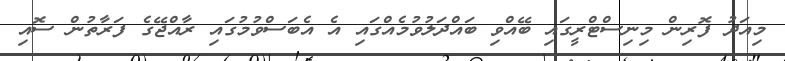
މިއަދު ފޮރިން މިނިސްޓްރީގައި ބޭއްވި ބައްދަލުވުމެއްގައި އެ އެބަސްވުމުގައި ރާއްޖޭގެ ފަރާތުން ސޮއި